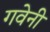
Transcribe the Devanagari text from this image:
गवेनी